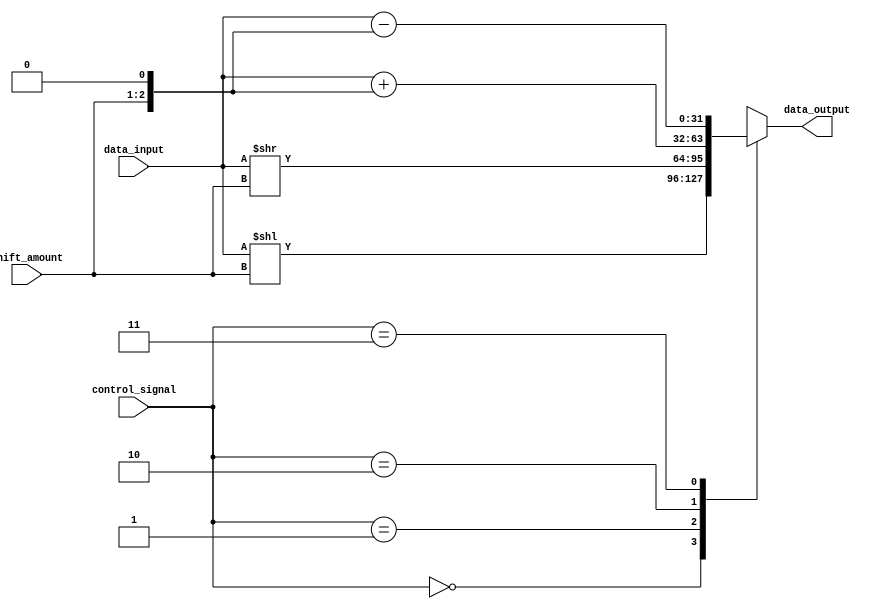
module Barrel_Shifter (
    input [31:0] data_input,
    input [1:0] shift_amount,
    input [1:0] control_signal,
    output reg [31:0] data_output
);

always @(*) begin
    case (control_signal)
        2'b00: data_output = data_input << shift_amount; // Left shift
        2'b01: data_output = data_input >> shift_amount; // Right shift
        2'b10: data_output = data_input + (shift_amount << 1); // Add shift
        2'b11: data_output = data_input - (shift_amount << 1); // Subtract shift
    endcase
end

endmodule